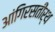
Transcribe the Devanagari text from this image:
आंगिरसतीर्थ